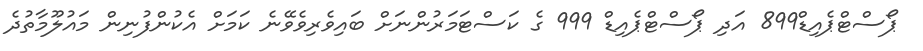
ޕޯސްޓްޕެއިޑް899 އަދި ޕޯސްޓްޕެއިޑް 999 ގެ ކަސްޓަމަރުންނަށް ބައިވެރިވެވޭނެ ކަމަށް އެކުންފުނިން މައުލޫމާތުދެ